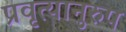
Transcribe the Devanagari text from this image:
प्रवृत्यानुरुप